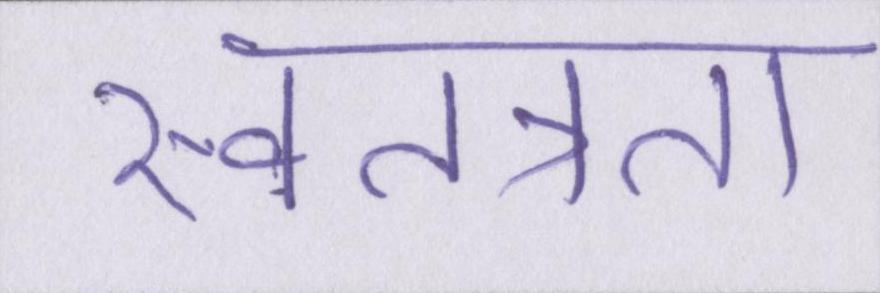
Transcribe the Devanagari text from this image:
स्वतत्रता